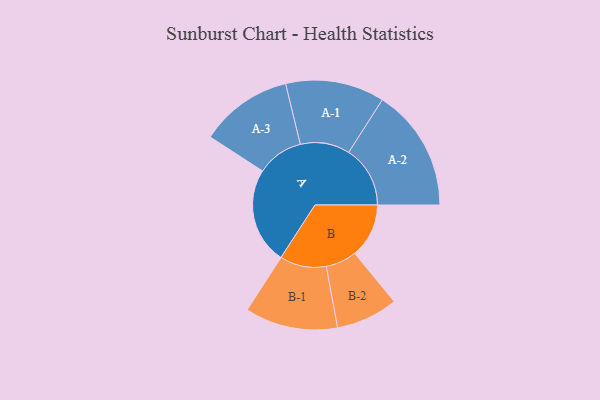
{"axis": {"x": "Segment", "y": "Value"}, "legend": ["", "A", "B"], "data": [{"x": "A", "y": 411, "type": ""}, {"x": "B", "y": 231, "type": ""}, {"x": "A-1", "y": 211, "type": "A"}, {"x": "A-2", "y": 262, "type": "A"}, {"x": "A-3", "y": 198, "type": "A"}, {"x": "B-1", "y": 198, "type": "B"}, {"x": "B-2", "y": 132, "type": "B"}]}